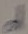
Text: d